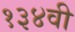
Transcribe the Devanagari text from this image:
१३४वी